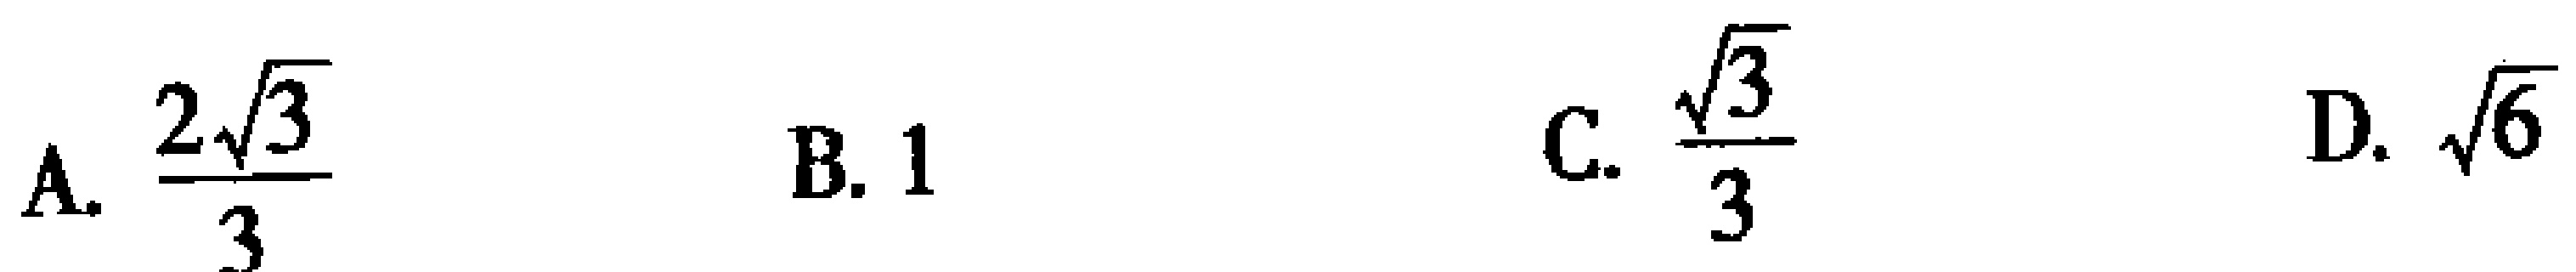
A. $\frac{2\sqrt{3}}{3}$  B. $1$  C. $\frac{\sqrt{3}}{3}$  D. $\sqrt{6}$